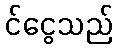
င်ငွေသည်